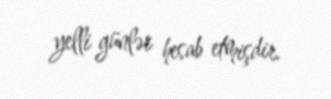
yelli günlər hesab etmişdir.